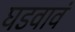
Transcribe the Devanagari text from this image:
घडवावं